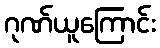
ဂုဏ်ယူကြောင်း